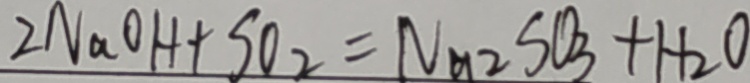
2 N a O H + S O _ { 2 } = N a _ { 2 } S O _ { 3 } + H _ { 2 } O